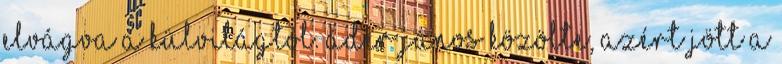
elvágva a külvilágtól. Áder János közölte, azért jött a